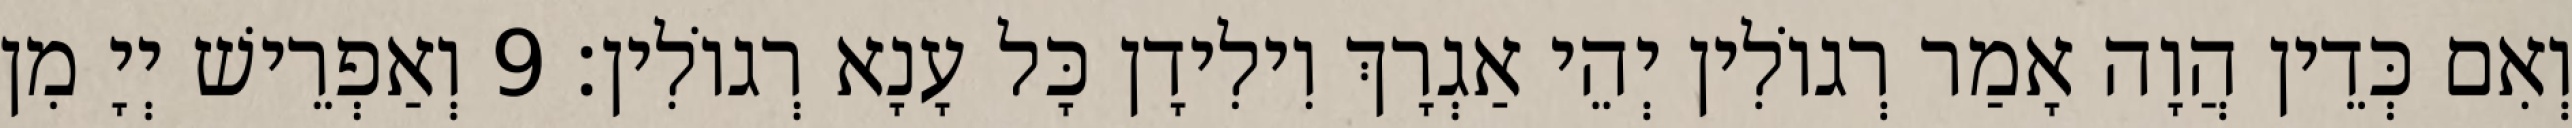
וְאִם כְּדֵין הֲוָה אָמַר רְגוֹלִין יְהֵי אַגְרָךְ וִילִידָן כָּל עָנָא רְגוֹלִין׃ 9 וְאַפְרֵישׁ יְיָ מִן